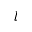
l